Annual report of the Punjab Veterinary College and of the Civil Veterinary Department, Punjab - 1894-1908
Year: 1894
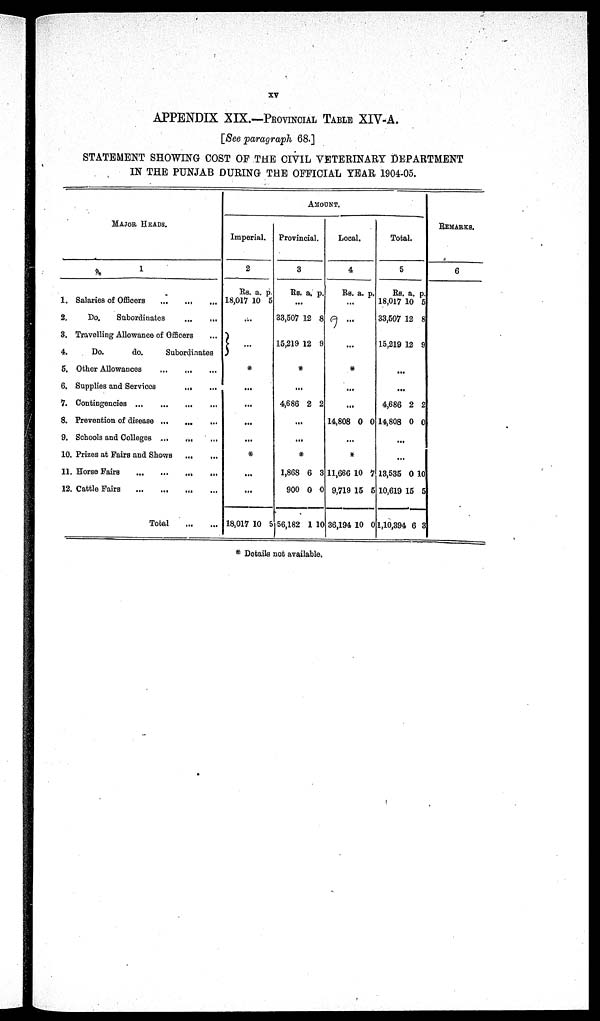
xv
APPENDIX XIX.—PROVINCIAL TABLE XIV-A.
[See paragraph 68.]
STATEMENT SHOWING COST OF THE CIVIL VETERINARY DEPARTMENT
IN THE PUNJAB DURING THE OFFICIAL YEAR 1904-05.
MAJOR HEADS.
1
1. Salaries of Officers ... ... ...
2.
Do.
Subordinates
...
...
3. Travelling Allowance of Officers ...
4.
Do.
do.
Subordinates
5. Other Allowances
...
...
...
6. Supplies and Services
...
...
7. Contingencies
...
...
...
8. Prevention of disease
...
...
...
9. Schools and Colleges
...
...
...
10. Prizes at Pairs and Shows
11. Horse Fairs ... ... ... ...
12. Cattle Fairs ... ... ... ...
Total
...
...
AMOUNT
Imperial.
2
Rs.
18,017
a.
10
p
5
...
...
*
...
...
...
...
*
...
...
18,017 10 5
Provincial.
3
Rs. a. p.
...
33,507
15,219
12
12
8
9
*
...
4,686 2 2
...
...
*
1,868
900
56,182
6
0
1
3
0
10
Local.
4
Rs a. p.
...
...
...
*
...
...
14,808 0 0
...
*
11,666
9,719
36,194
10
15
10
7
5
0
Total.
5
Rs
18,017
33,507
15,219
a.
10
12
12
p.
5
8
9
...
...
4,686
14,808
2
0
2
0
...
...
13,535
10,619
1,10,39
0
15
4 6
10
5
3
REMARKS.
6
* Details not available.